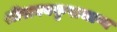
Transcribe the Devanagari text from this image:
श्रीराघवकृपाभाष्य